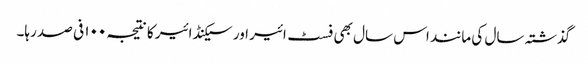
گذشتہ سال کی مانند اس سال بھی فسٹ ائیر اور سیکنڈ ائیر کا نتیجہ ۱۰۰ فی صد رہا۔